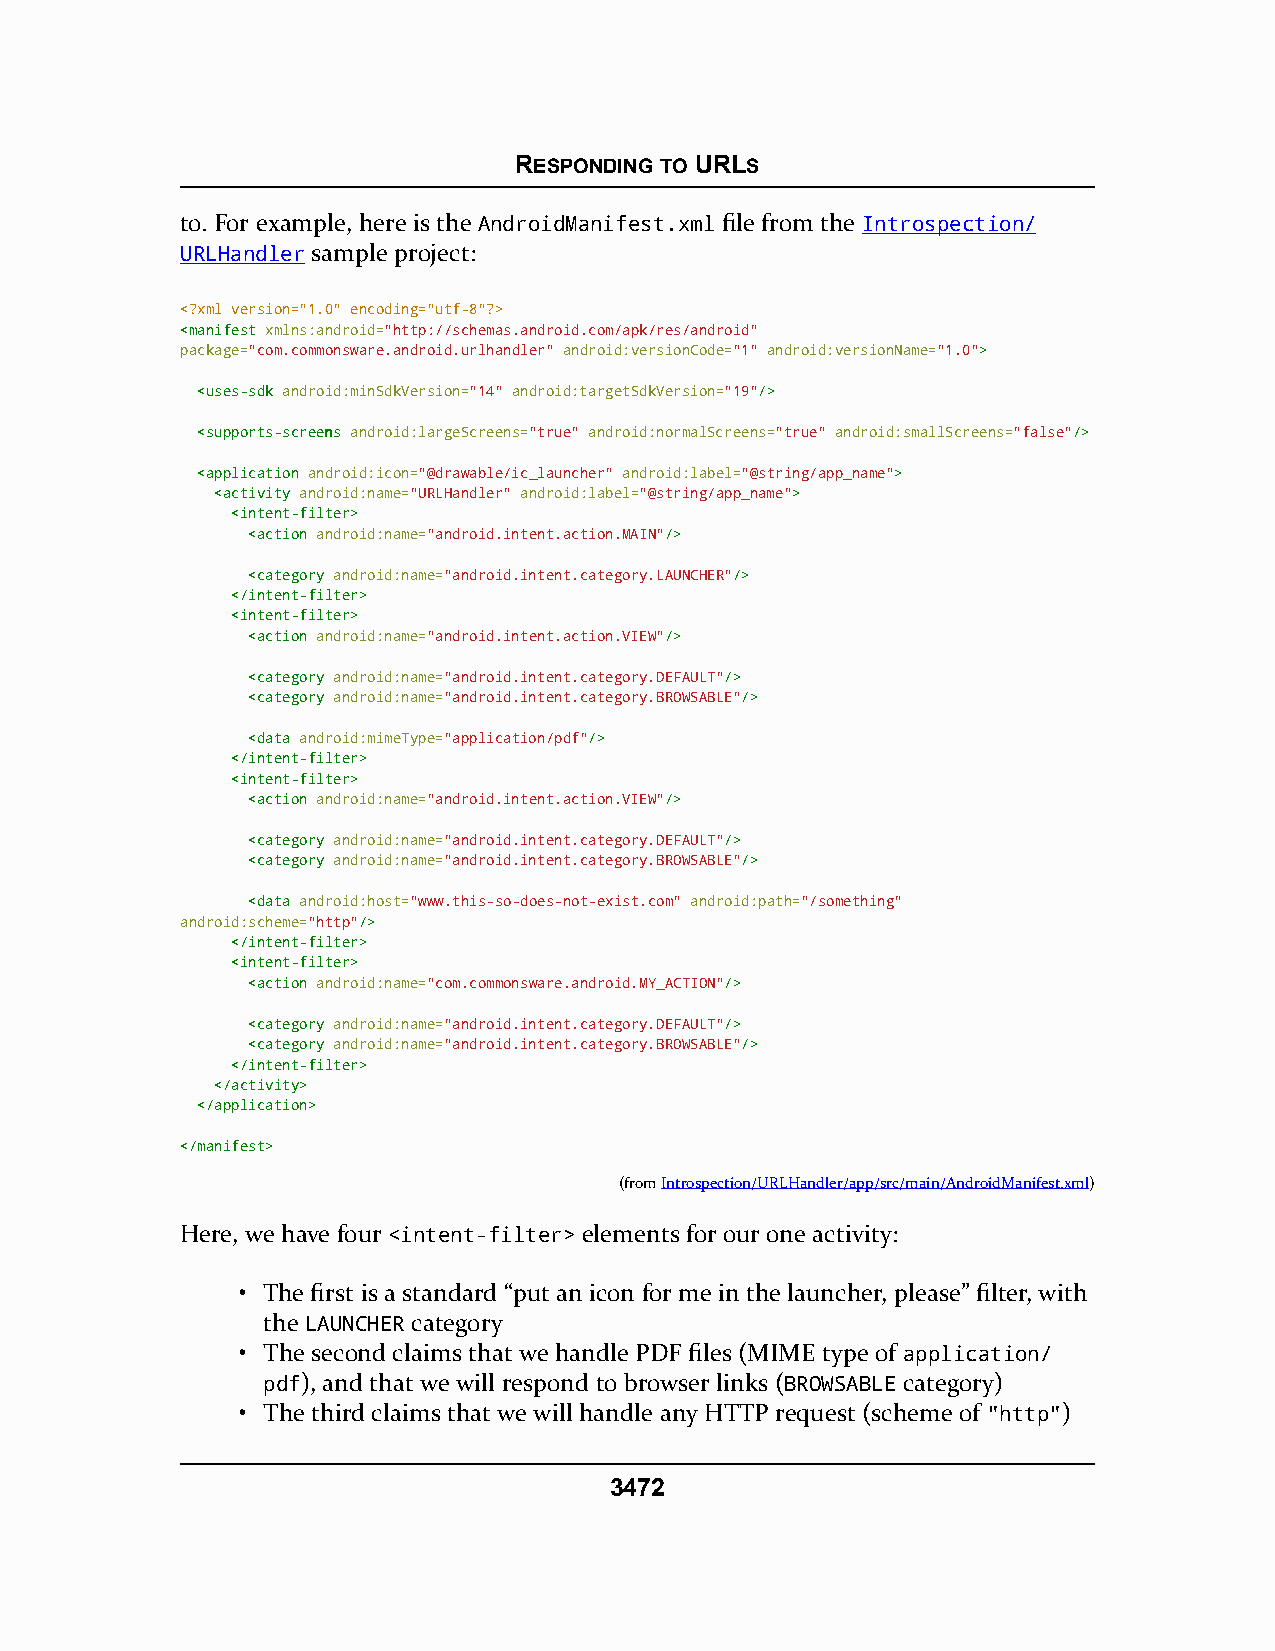
RESPONDING TO URLS
 to. For example, here is the AndroidManifest.xml file from the Introspection/
 URLHandler sample project:
 <?xml version="1.0" encoding="utf-8"?>
 <<mmaanniiffeesstt xmlns:android="http://schemas.android.com/apk/res/android"
 package="com.commonsware.android.urlhandler" android:versionCode="1" android:versionName="1.0">>
 <<uusseess--ssddkk android:minSdkVersion="14" android:targetSdkVersion="19"//>>
 <<ssuuppppoorrttss--ssccrreeeennss android:largeScreens="true" android:normalScreens="true" android:smallScreens="false"//>>
 <<aapppplliiccaattiioonn android:icon="@drawable/ic_launcher" android:label="@string/app_name">>
 <<aaccttiivviittyy android:name="URLHandler" android:label="@string/app_name">>
 <<iinntteenntt--ffiilltteerr>>
 <<aaccttiioonn android:name="android.intent.action.MAIN"//>>
 <<ccaatteeggoorryy android:name="android.intent.category.LAUNCHER"//>>
 <<//iinntteenntt--ffiilltteerr>>
 <<iinntteenntt--ffiilltteerr>>
 <<aaccttiioonn android:name="android.intent.action.VIEW"//>>
 <<ccaatteeggoorryy android:name="android.intent.category.DEFAULT"//>>
 <<ccaatteeggoorryy android:name="android.intent.category.BROWSABLE"//>>
 <<ddaattaa android:mimeType="application/pdf"//>>
 <<//iinntteenntt--ffiilltteerr>>
 <<iinntteenntt--ffiilltteerr>>
 <<aaccttiioonn android:name="android.intent.action.VIEW"//>>
 <<ccaatteeggoorryy android:name="android.intent.category.DEFAULT"//>>
 <<ccaatteeggoorryy android:name="android.intent.category.BROWSABLE"//>>
 <<ddaattaa android:host="www.this-so-does-not-exist.com" android:path="/something"
 android:scheme="http"//>>
 <<//iinntteenntt--ffiilltteerr>>
 <<iinntteenntt--ffiilltteerr>>
 <<aaccttiioonn android:name="com.commonsware.android.MY_ACTION"//>>
 <<ccaatteeggoorryy android:name="android.intent.category.DEFAULT"//>>
 <<ccaatteeggoorryy android:name="android.intent.category.BROWSABLE"//>>
 <<//iinntteenntt--ffiilltteerr>>
 <<//aaccttiivviittyy>>
 <<//aapppplliiccaattiioonn>>
 <<//mmaanniiffeesstt>>
 (fromIntrospection/URLHandler/app/src/main/AndroidManifest.xml)
 Here, we have four <intent-filter> elements for our one activity:
 • The first is a standard “put an icon for me in the launcher, please” filter, with
 the LAUNCHER category
 • The second claims that we handle PDF files (MIME type of application/
 pdf), and that we will respond to browser links (BROWSABLE category)
 • The third claims that we will handle any HTTP request (scheme of "http")
 3472